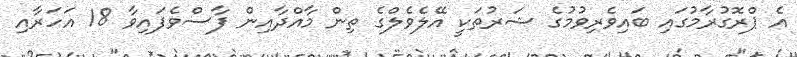
އެ ޕްރޮގުރާމުގައި ބައިވެރިވުމުގެ ޝަރުތަކީ އޭލެވެލްގެ ތިން މާއްދާއިން ފާސްވެފައިވާ 18 އަހަރާއި